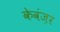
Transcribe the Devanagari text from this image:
केवंज़र